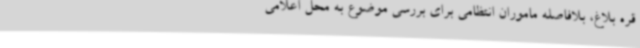
قره بلاغ، بلافاصله ماموران انتظامی برای بررسی موضوع به محل اعلامی